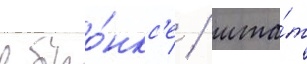
в бро́нкс'е / шта́т